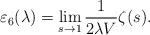
\begin{align*}\varepsilon_{6}(\lambda)=\lim_{s\rightarrow 1}\frac{1}{2\lambda V}\zeta(s).\end{align*}